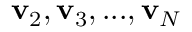
\mathbf { v } _ { 2 } , \mathbf { v } _ { 3 } , . . . , \mathbf { v } _ { N }